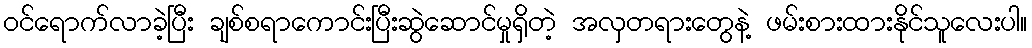
ဝင်ရောက်လာခဲ့ပြီး ချစ်စရာကောင်းပြီးဆွဲဆောင်မှုရှိတဲ့ အလှတရားတွေနဲ့ ဖမ်းစားထားနိုင်သူလေးပါ။